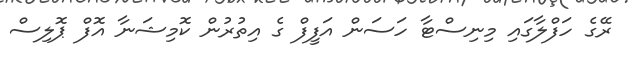
ރޭގެ ހަފްލާގައި މިނިސްޓާ ހަސަން އަފީފް ގެ އިތުރުން ކޮމިޝަނާ އޮފް ޕޮލިސް